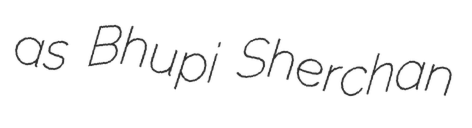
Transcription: as Bhupi Sherchan